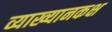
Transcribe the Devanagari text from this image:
व्याख्यानकक्ष